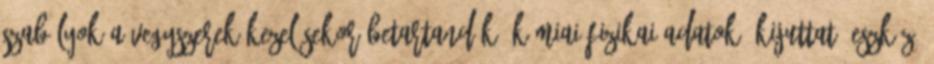
szabályok a vegyszerek kezelésekor betartandók. Kémiai-fizikai adatok: Kijuttató eszköz: